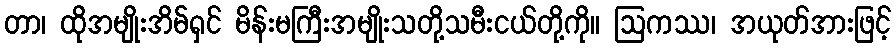
တာ၊ ထိုအမျိုးအိမ်ရှင် မိန်းမကြီးအမျိုးသတို့သမီးငယ်တို့ကို။ ဩကဿ၊ အယုတ်အားဖြင့်